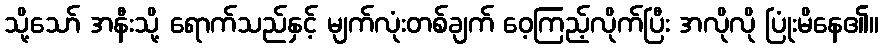
သို့သော် အနီးသို့ ရောက်သည်နှင့် မျက်လုံးတစ်ချက် ဝေ့ကြည့်လိုက်ပြီး အလိုလို ပြုံးမိနေ၏။